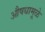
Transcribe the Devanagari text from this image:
औषधामूळे